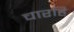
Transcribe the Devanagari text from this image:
चारहि